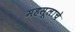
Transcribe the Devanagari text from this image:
महसूलाचे